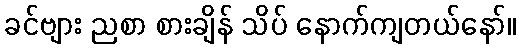
ခင်ဗျား ညစာ စားချိန် သိပ် နောက်ကျတယ်နော်။